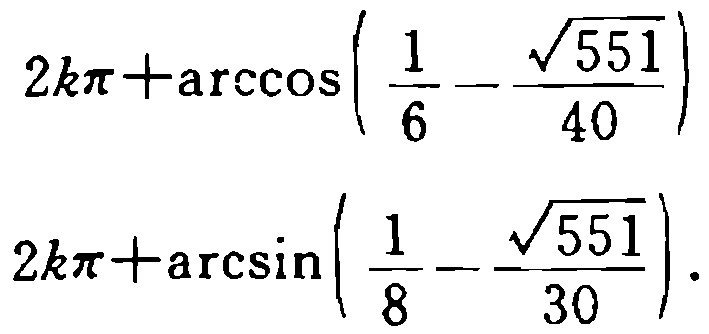
\[
2k\pi+\arccos\left(\frac{1}{6}-\frac{\sqrt{551}}{40}\right)
\]
\[
2k\pi+\arcsin\left(\frac{1}{8}-\frac{\sqrt{551}}{30}\right).
\]